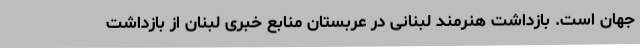
جهان است. بازداشت هنرمند لبنانی در عربستان منابع خبری لبنان از بازداشت